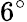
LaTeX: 6^{\circ}